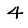
Digit: 4